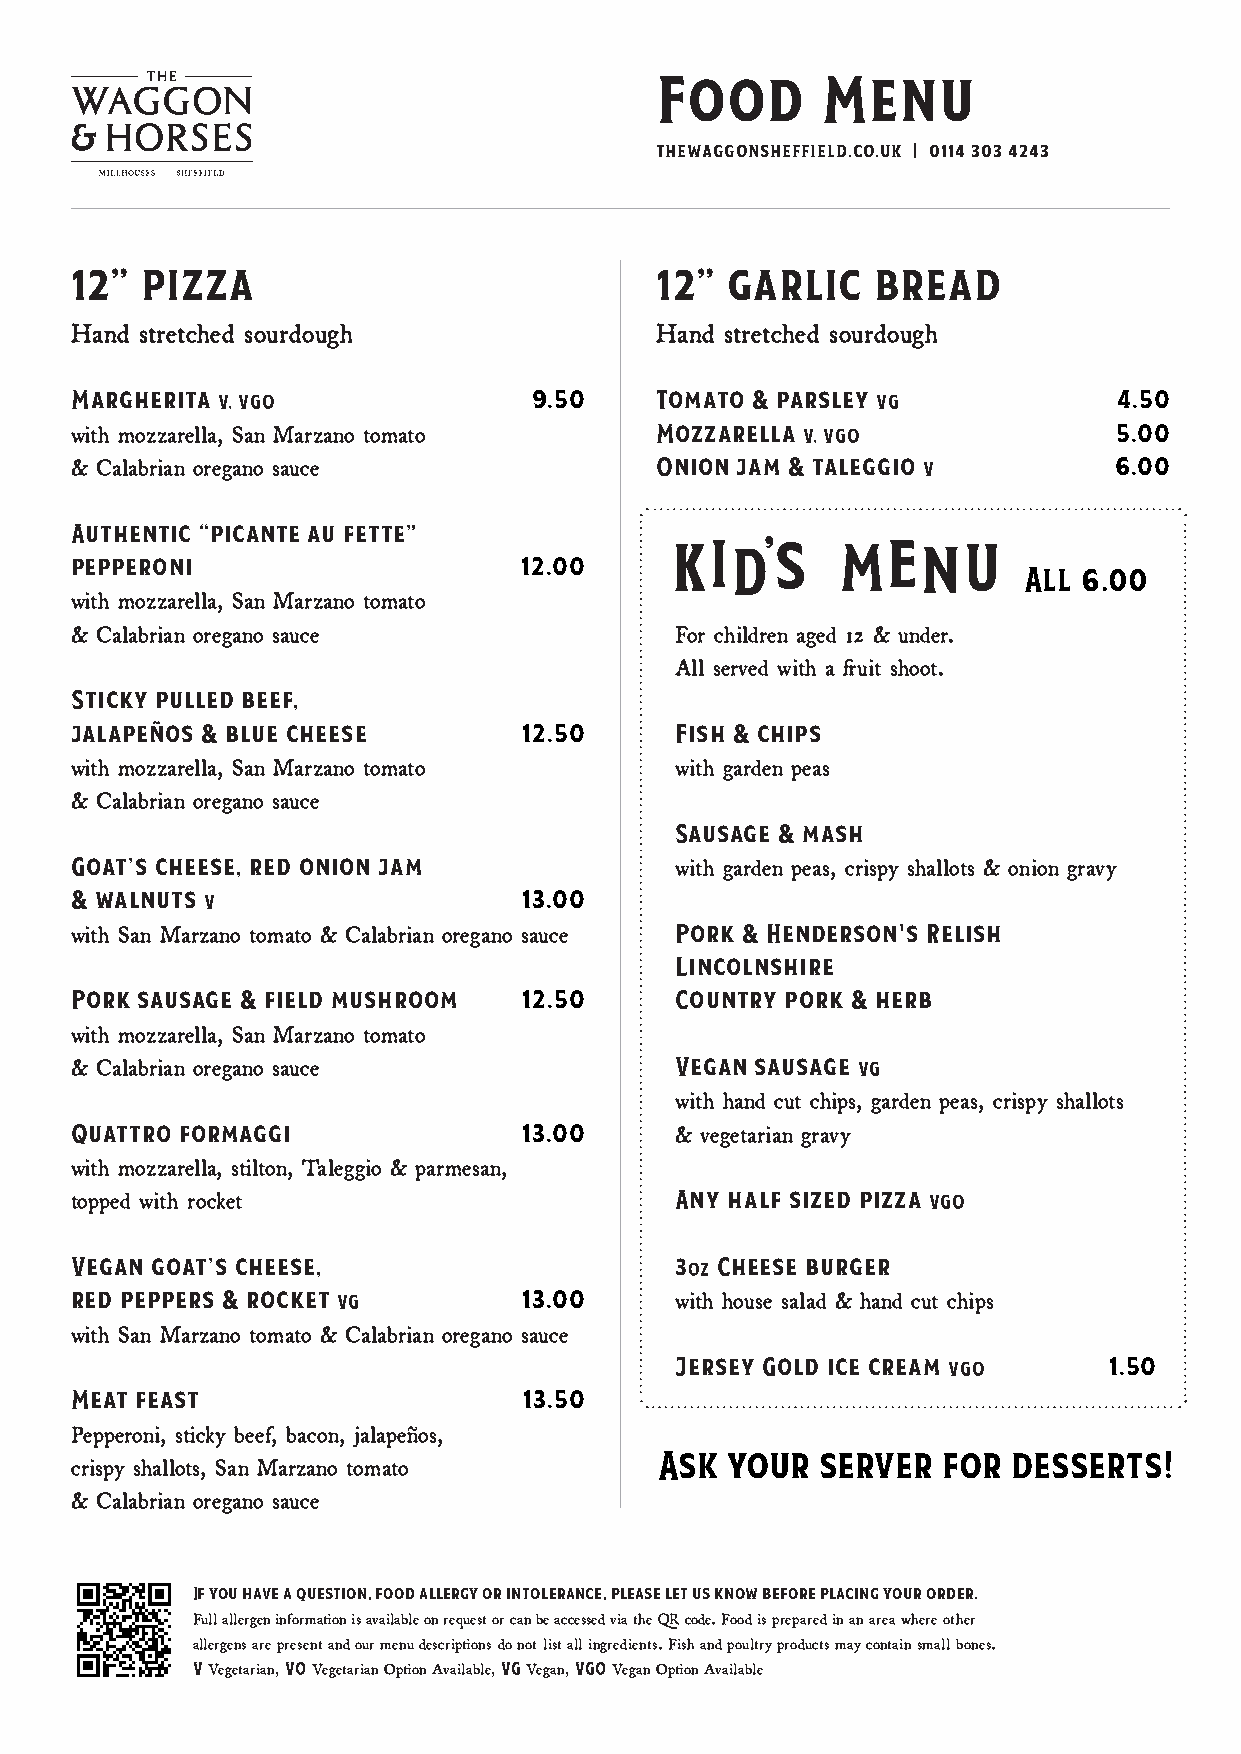
Food       Menu
 thewaggonsheffield.co.uk | 0114 303 4243
 12” pizza                             12”  garlic    bread
 Hand stretched sourdough              Hand stretched sourdough
 Margherita V, VGO             9.50    Tomato & parsley VG            4.50
 with mozzarella, San Marzano tomato   Mozzarella V, VGO              5.00
 & Calabrian oregano sauce             Onion jam & taleggio V         6.00
 Authentic “picante au fette”
 pepperoni                    12.00
 All 6.00
 with mozzarella, San Marzano tomato
 & Calabrian oregano sauce               For children aged 12 & under.
 All served with a fruit shoot.
 Sticky pulled beef,
 jalapeños & blue cheese       12.50     Fish & chips
 with mozzarella, San Marzano tomato     with garden peas
 & Calabrian oregano sauce
 Sausage & mash
 Goat’s cheese, red onion jam            with garden peas, crispy shallots & onion gravy
 & walnuts V                   13.00
 with San Marzano tomato & Calabrian oregano sauce Pork & Henderson's Relish
 Lincolnshire
 Pork sausage & field mushroom 12.50     Country pork & herb
 with mozzarella, San Marzano tomato
 & Calabrian oregano sauce               Vegan sausage VG
 with hand cut chips, garden peas, crispy shallots
 Quattro formaggi              13.00     & vegetarian gravy
 with mozzarella, stilton, Taleggio & parmesan,
 topped with rocket                      Any half sized pizza VGO
 Vegan goat’s cheese,                    3oz Cheese burger
 red peppers & rocket VG       13.00     with house salad & hand cut chips
 with San Marzano tomato & Calabrian oregano sauce
 Jersey Gold ice cream VGO   1.50
 Meat feast                    13.50
 Pepperoni, sticky beef, bacon, jalapeños,
 crispy shallots, San Marzano tomato    Ask your  server  for  desserts!
 & Calabrian oregano sauce
 If you have a question, food allergy or intolerance, please let us know before placing your order.
 Full allergen information is available on request or can be accessed via the QR code. Food is prepared in an area where other
 allergens are present and our menu descriptions do not list all ingredients. Fish and poultry products may contain small bones.
 V Vegetarian, VO Vegetarian Option Available, VG Vegan, VGO Vegan Option Available